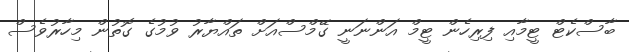
ބާސްކެޓް ޓީމާއި ފިރިހެން ޓީމް އަންނަނީ ގޭމްސްއަށް ތައްޔާރު ވުމުގެ ގޮތުން މިހާރުވެސް